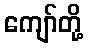
ကျော်တို့